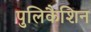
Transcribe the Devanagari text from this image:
पुलिकैशिन